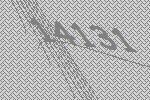
14131